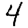
Digit: 4